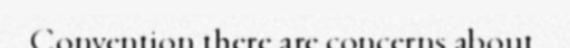
Convention there are concerns about